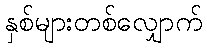
နှစ်များတစ်လျှောက်